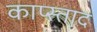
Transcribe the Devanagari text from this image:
काप्स्ताद